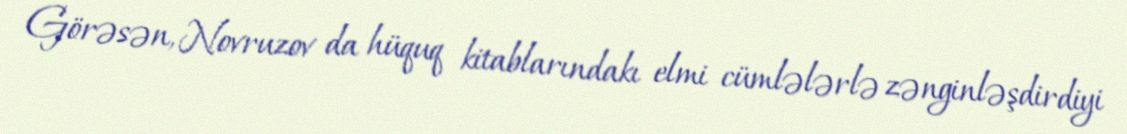
Görəsən, Novruzov da hüquq kitablarındakı elmi cümlələrlə zənginləşdirdiyi